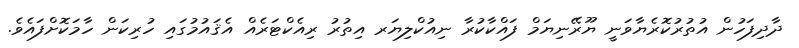
ދާދިފަހުން އުތުރުކޮރެޔާވަނީ ޔޫރޭނިޔަމް ފައްކާކުރާ ނިއުކްލިޔަރ އިތުރު ރިއެކްޓަރެއް އެޤައުމުގައި ހުރިކަން ހާމަކޮށްފައެވެ.